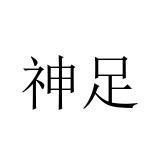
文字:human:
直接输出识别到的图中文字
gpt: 神足